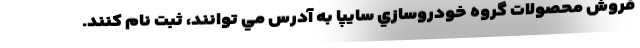
فروش محصولات گروه خودروسازي سايپا به آدرس مي توانند، ثبت نام كنند.